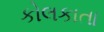
કોલકાતા